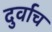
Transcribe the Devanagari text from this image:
दुर्वाच